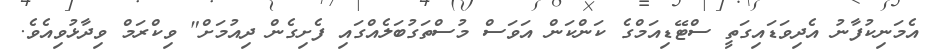
އެމަނިކުފާނު އެދިވަޑައިގަތީ ސްޓޭޑިއަމްގެ ކަންކަން އަވަސް މުސްތަގުބަލެއްގައި ފެށިގެން ދިއުމަށް" ވިކްރަމް ވިދާޅުވިއެވެ.